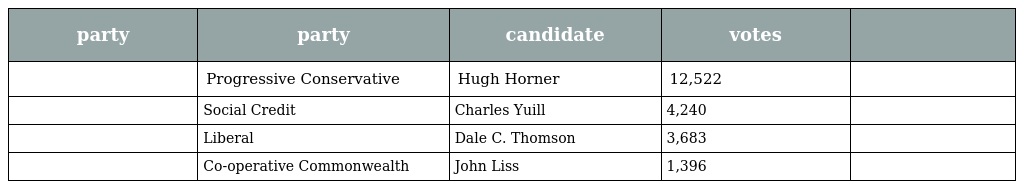
| party | party | candidate | votes |  |
 | --- | --- | --- | --- | --- |
 |  | Progressive Conservative | Hugh Horner | 12,522 |  |
 |  | Social Credit | Charles Yuill | 4,240 |  |
 |  | Liberal | Dale C. Thomson | 3,683 |  |
 |  | Co-operative Commonwealth | John Liss | 1,396 |  |